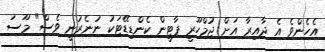
އެހެންވެ އެ ދާއިރާ އަށް ޖުމްހޫރީ ޕާޓީން ކެންޑިޑޭޓަކު ނުނެރުނީ ވެސް" މޫސަ